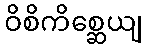
ဝိစိကိစ္ဆေယျ